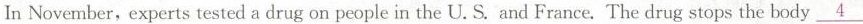
In November,experts tested a drug on people in the U. S. And France. The drug stops the body\underline{4}